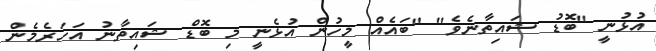
އުޅުނީ "ބޮޑު ޝައިތާނެވެ" "ބައެއް މީހުން އުޅެނީ މި ބޮޑް ޝައިތާނު އަހަރެމެން